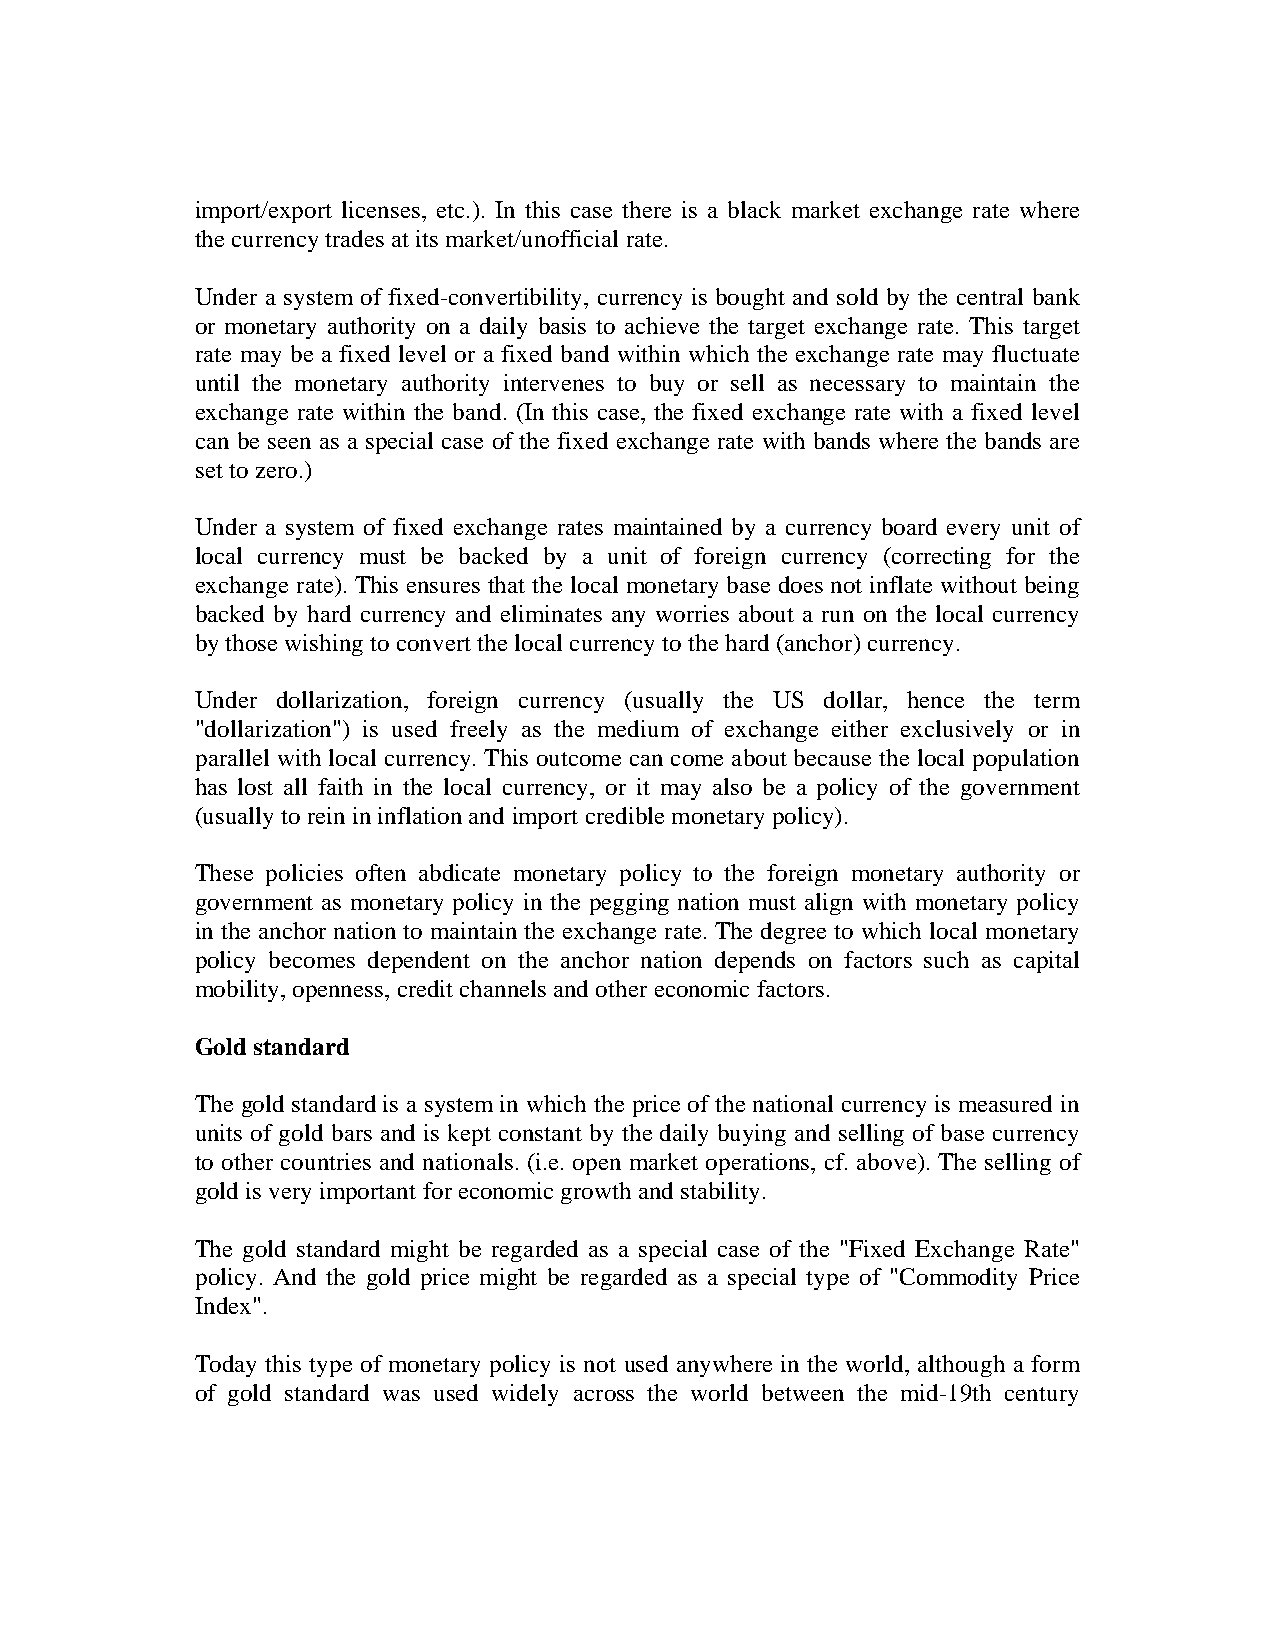
import/export licenses, etc.). In this case there is a black market exchange rate where
 the currency trades at its market/unofficial rate.
 Under a system of fixed-convertibility, currency is bought and sold by the central bank
 or monetary authority on a daily basis to achieve the target exchange rate. This target
 rate may be a fixed level or a fixed band within which the exchange rate may fluctuate
 until the monetary authority intervenes to buy or sell as necessary to maintain the
 exchange rate within the band. (In this case, the fixed exchange rate with a fixed level
 can be seen as a special case of the fixed exchange rate with bands where the bands are
 set to zero.)
 Under a system of fixed exchange rates maintained by a currency board every unit of
 local currency must be backed by a unit of foreign currency (correcting for the
 exchange rate). This ensures that the local monetary base does not inflate without being
 backed by hard currency and eliminates any worries about a run on the local currency
 by those wishing to convert the local currency to the hard (anchor) currency.
 Under dollarization, foreign currency (usually the US dollar, hence the term
 "dollarization") is used freely as the medium of exchange either exclusively or in
 parallel with local currency. This outcome can come about because the local population
 has lost all faith in the local currency, or it may also be a policy of the government
 (usually to rein in inflation and import credible monetary policy).
 These policies often abdicate monetary policy to the foreign monetary authority or
 government as monetary policy in the pegging nation must align with monetary policy
 in the anchor nation to maintain the exchange rate. The degree to which local monetary
 policy becomes dependent on the anchor nation depends on factors such as capital
 mobility, openness, credit channels and other economic factors.
 Gold standard
 The gold standard is a system in which the price of the national currency is measured in
 units of gold bars and is kept constant by the daily buying and selling of base currency
 to other countries and nationals. (i.e. open market operations, cf. above). The selling of
 gold is very important for economic growth and stability.
 The gold standard might be regarded as a special case of the "Fixed Exchange Rate"
 policy. And the gold price might be regarded as a special type of "Commodity Price
 Index".
 Today this type of monetary policy is not used anywhere in the world, although a form
 of gold standard was used widely across the world between the mid-19th century